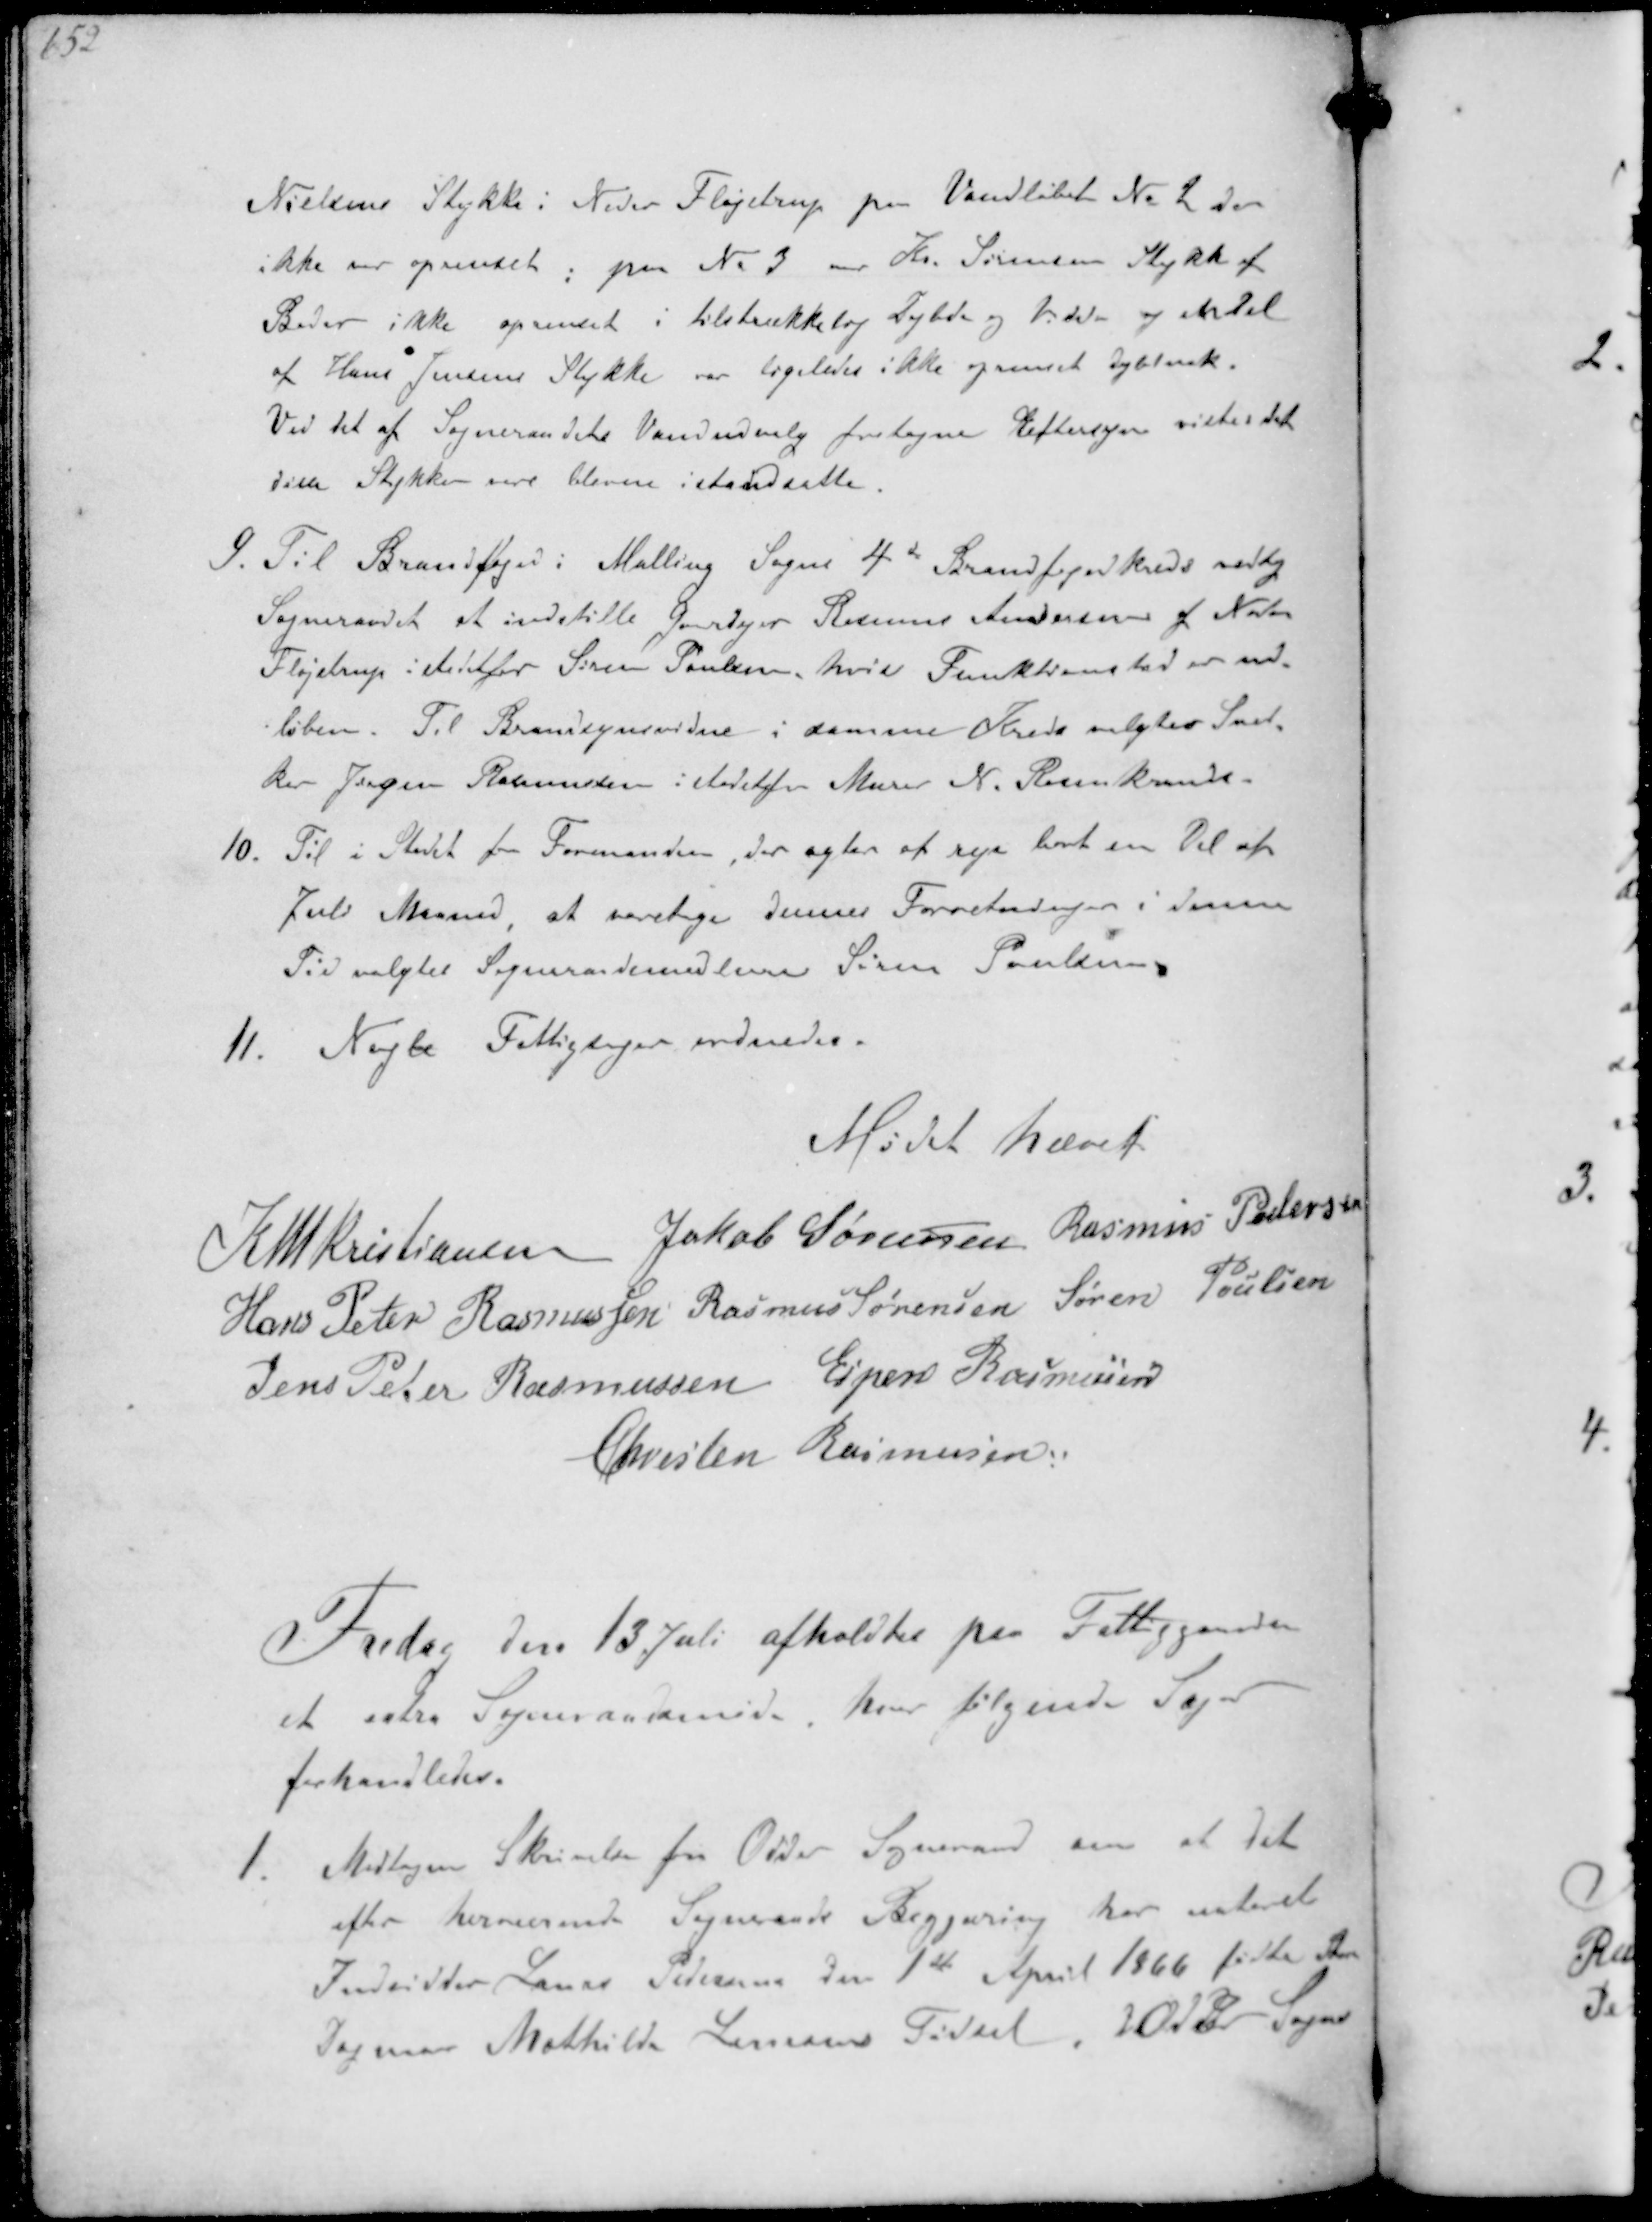
Transskription:
Nielsens Stykke: Neder Fløjstrup paa Vandløbet No 2 der
ikke er oprenset, paa No 3 Kr. Sørensen Stykke af
Beder ikke oprenset i tilstrækkelig dybde og bredde og en Del
af Hans Jensens Stykke var ligeledes ikke oprenset Dybt nok.
Ved det at Sogneraadets Vandudvalg foretagne Eftersyn vistes det
disse Stykken vare bleven istandsatte
9. Til Brandfoged i Malling Sogn 4de Brandfogedkreds vedtog
Sogneraadet at indstille Gaardejer Rasmus Andersen af Neder
Fløjstrup i stedetfor Søren Poulsen, hvis Funktionssted er ud-
løben. Til Brandsynsvidne i samme Kreds valgtes Sned-
ker Jørgen Rasmussen istedetfor Murer N. Rosenkrands
10. Til i Stedet for Formanden der agter at rejse bort en Del af
Juli Maaned at varetage dennes Forretninger i denne
Tid valgtes Sogneraadsmedlem Søren Poulsen
11. Nogle Fattigtsager ordnedes.

Mødet hævet

K N M Kristiansen Jakob Sørensen Rasmus Pedersen
Hans Peter Rasmussen Rasmus Sørensen Søren Poulsen
Jens Peter Rasmussen Esper Rasmussen
Christen Rasmussen

Fredag den 13 Juli afholdtes paa Fattiggaarden
et extra Sogneraadsmøde hvor følgende Sager
forhandledes.
1. Modtagen Skrivelse fra Odder Sogneraad om at det
efter herværende Sogneraads Begjæring har noteret
Indsidder Hans Petersen den 1ste April 1866 fødte Ann
Dagmar Mathilde Jensens Fødsel i Odder Sogns